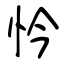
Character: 忴